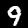
Digit: 9